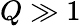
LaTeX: Q\gg 1